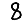
Digit: 8